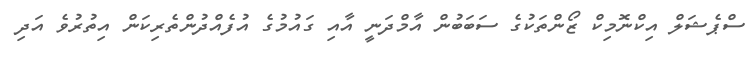
ސްޕެޝަލް އިކްނޮމިކް ޒޯންތަކުގެ ސަބަބުން އާމްދަނީ އާއި ގައުމުގެ އުފެއްދުންތެރިކަން އިތުރުވެ އަދި